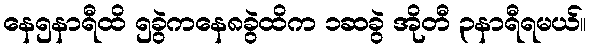
နေ၅နာရီထိ ၅ခွဲကနေ၈ခွဲထိက ၁ဆခွဲ အိုတီ ၃နာရီရမယ်။